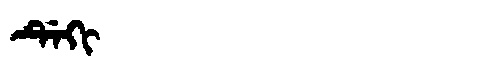
Manchu: ᡩᡝᡴᡳ
Romanization: DEKI